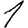
Digit: 1